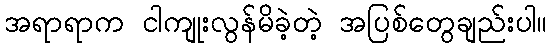
အရာရာက ငါကျုးလွန်မိခဲ့တဲ့ အပြစ်တွေချည်းပါ။